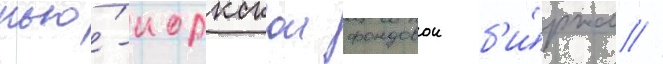
нью́-иоркскои фондовои б'и́рже //